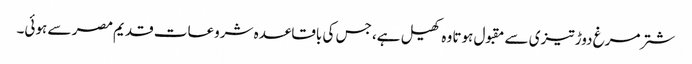
شتر مرغ دوڑ تیزی سے مقبول ہوتا وہ کھیل ہے، جس کی باقاعدہ شروعات قدیم مصر سے ہوئی۔